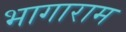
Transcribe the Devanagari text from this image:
भागाराम